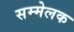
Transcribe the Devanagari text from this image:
सम्मेलक